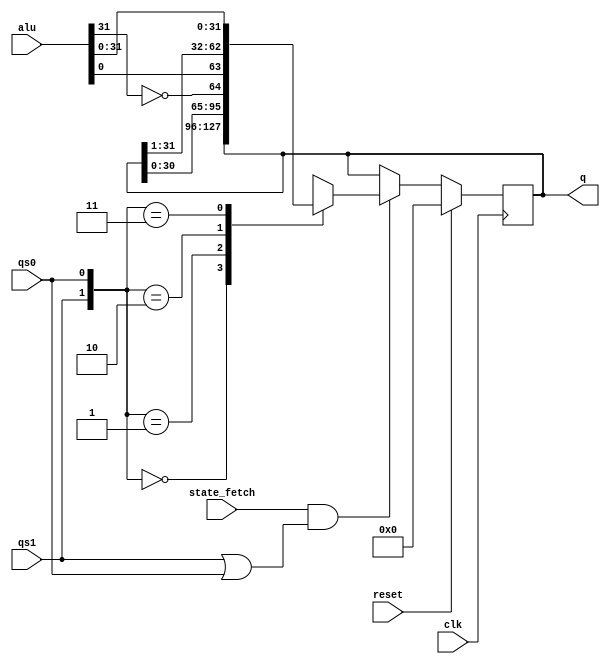
// Q --- Q REGISTER
//
// ---!!! Add description.
//
// History:
//
//   (20YY-MM-DD HH:mm:ss BRAD) Converted to Verilog.
//	???: Nets added.
//	???: Nets removed.
//   (1978-02-15 03:17:39 TK) Initial.

`timescale 1ns/1ps
`default_nettype none

module Q(/*AUTOARG*/
   // Outputs
   q,
   // Inputs
   clk, reset, state_fetch, qs0, qs1, alu
   );

   input clk;
   input reset;

   input state_fetch;

   input qs0;
   input qs1;

   input [32:0] alu;
   output [31:0] q;

   ////////////////////////////////////////////////////////////////////////////////

   reg [31:0] q;

   ////////////////////////////////////////////////////////////////////////////////

   always @(posedge clk)
     if (reset)
       q <= 0;
     else if (state_fetch && (qs1 | qs0)) begin
	case({qs1, qs0})
	  2'b00: q <= q;
	  2'b01: q <= {q[30:0], ~alu[31]};
	  2'b10: q <= {alu[0], q[31:1]};
	  2'b11: q <= alu[31:0];
	endcase
     end

endmodule

`default_nettype wire

// Local Variables:
// verilog-library-directories: ("..")
// End: